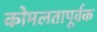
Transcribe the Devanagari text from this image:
कोमलतापूर्वक